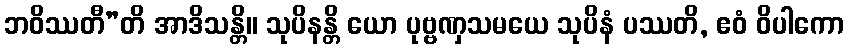
ဘဝိဿတီ”တိ အာဒိသန္တိ။ သုပိနန္တိ ယော ပုဗ္ဗဏှသမယေ သုပိနံ ပဿတိ, ဧဝံ ဝိပါကော